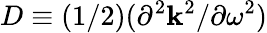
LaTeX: D\equiv(1/2)(\partial^{2}\mathbf{k}^{2}/\partial\omega^{2})